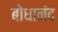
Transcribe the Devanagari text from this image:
बोधानंद